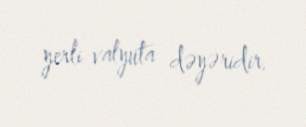
yerli valyuta dəyəridir.